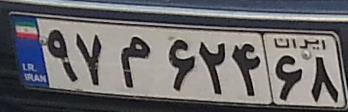
۹۷م۶۲۴۶۸